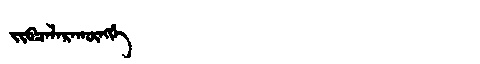
Manchu: ᠵᡳᠪᠴᠠᠯᠠᡵᠠᡴᡡᠩᡤᡝ
Romanization: JIBCALARAKŪNGGE